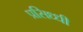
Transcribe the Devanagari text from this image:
प्रसिध्‍धी